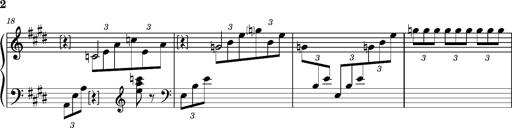
Title: PrÃ©ludes et Harmonies poÃ©tiques et religieuses
Composer: Franz Liszt